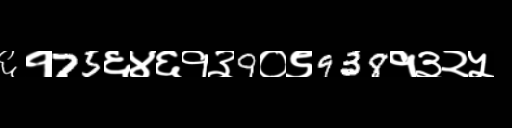
Text: ६१75६४६१३9०९938१३२५